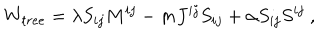
W _ { t r e e } = \lambda S _ { i j } M ^ { i j } - m J ^ { i j } S _ { i j } + \alpha S _ { i j } S ^ { i j } \ ,